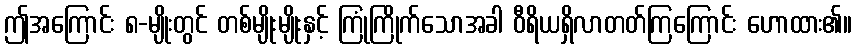
ဤအကြောင်း ၈-မျိုးတွင် တစ်မျိုးမျိုးနှင့် ကြုံကြိုက်သောအခါ ဝီရိယရှိလာတတ်ကြကြောင်း ဟောထား၏။